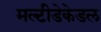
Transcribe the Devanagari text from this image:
मल्टीडेकेडल